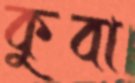
কুবা